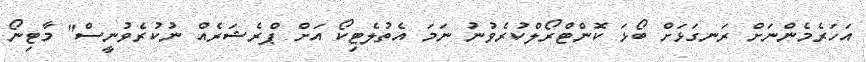
އަހަރެމެންނަށް ރަނގަޅަށް ބޯޅަ ކޮންޓްރޯލްކުރެވުނު ނަމަ އެތުލެޓިކޯ އަށް ޕްރެޝަރެއް ނުކުރެވުނީސް" މާޓިނޯ